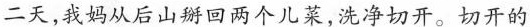
二天，我妈从后山掰回两个儿菜,洗净切开。切开的